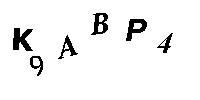
K9ABP4